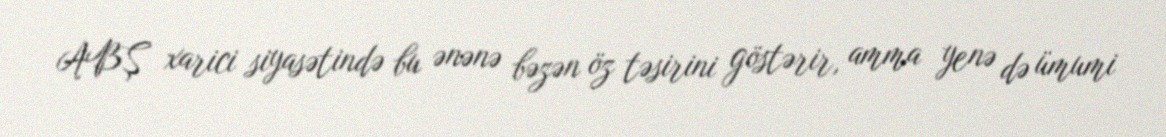
ABŞ xarici siyasətində bu ənənə bəzən öz təsirini göstərir, amma yenə də ümumi